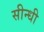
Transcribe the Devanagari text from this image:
सीन्धी